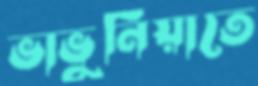
ভাভুনিয়াতে